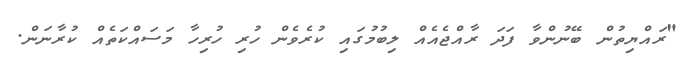
"ރައްޔިތުން ބޭނުންވާ ފަދަ ރާއްޖެއެއް ލިބުމުގައި ކުރެވެން ހުރި ހުރިހާ މަސައްކަތެއް ކުރާނަން.